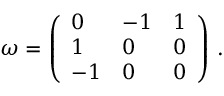
\begin{array} { r } { \omega = \left( \begin{array} { l l l } { 0 } & { - 1 } & { 1 } \\ { 1 } & { 0 } & { 0 } \\ { - 1 } & { 0 } & { 0 } \end{array} \right) \, . } \end{array}